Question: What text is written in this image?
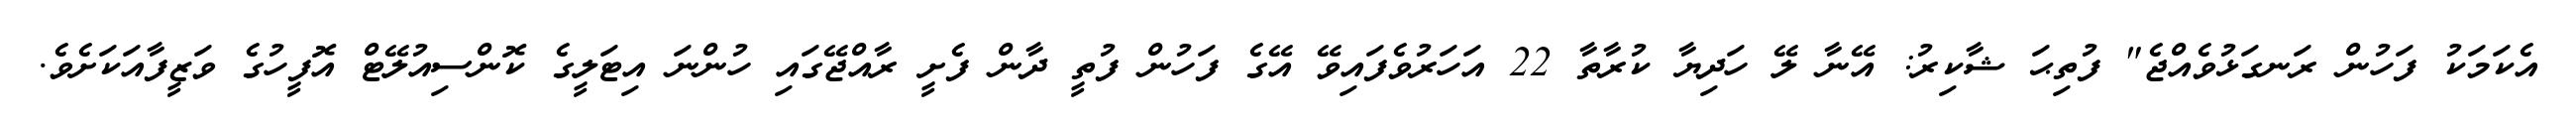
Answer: އެކަމަކު ފަހުން ރަނގަޅުވެއްޖެ" ފުތިޙަ ޝާކިރު: އޭނާ ލޭ ހަދިޔާ ކުރާތާ 22 އަހަރުވެފައިވޭ އޭގެ ފަހުން ފުތީ ދާން ފެށީ ރާއްޖޭގައި ހުންނަ އިޓަލީގެ ކޮންސިއުލޭޓް އޮފީހުގެ ވަޒީފާއަކަށެވެ.